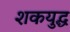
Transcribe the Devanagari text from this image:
शकयुद्ध